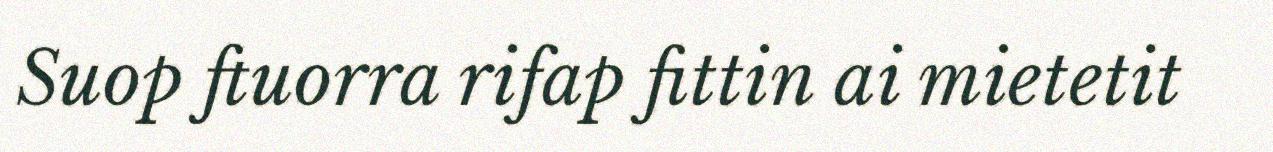
Suop ftuorra rifap fittin ai mietetit